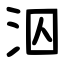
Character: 泅